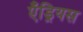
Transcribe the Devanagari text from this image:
एँड्रियस